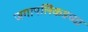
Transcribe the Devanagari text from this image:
जगापलिकडच्या